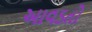
આવડતો